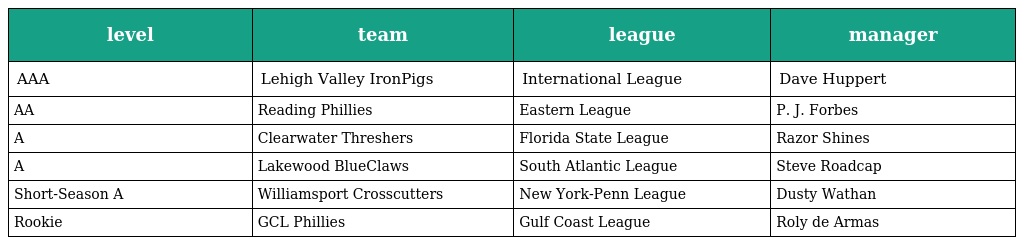
| level | team | league | manager |
 | --- | --- | --- | --- |
 | AAA | Lehigh Valley IronPigs | International League | Dave Huppert |
 | AA | Reading Phillies | Eastern League | P. J. Forbes |
 | A | Clearwater Threshers | Florida State League | Razor Shines |
 | A | Lakewood BlueClaws | South Atlantic League | Steve Roadcap |
 | Short-Season A | Williamsport Crosscutters | New York-Penn League | Dusty Wathan |
 | Rookie | GCL Phillies | Gulf Coast League | Roly de Armas |